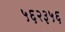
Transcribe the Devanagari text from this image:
५६२३५६